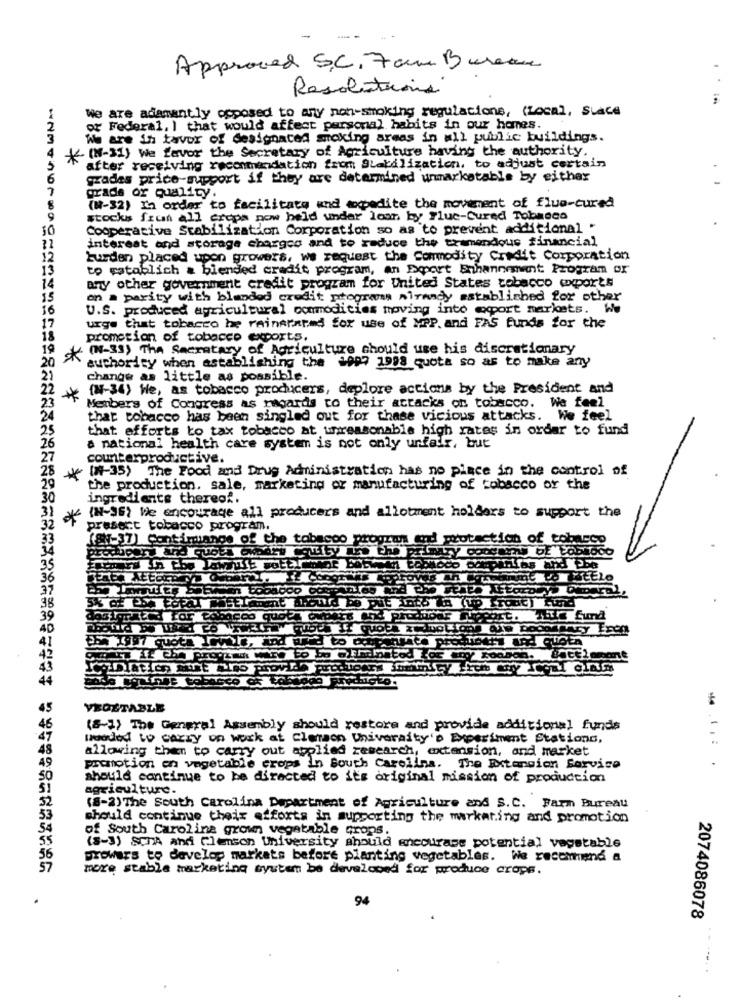
Approved SC. 7 am Burene
Resolutions
We are adamantly opposed to any non-smoking regulations, (Local, Suace
of Federal, I that would affect personal habits in our homes.
We are ih tavur of designated smoking areas in all public buildings.
*(M-31) We favor the Secretary of Agriculture having the authority.
after receiving recommendation from Stabilization, to adjust certain
grades price-support if they are determined unmarketable by either
grade of quality.
(81-32) In order to facilitate und expedite the movement of flue-cured
9
stocks from all crops now held under loan by Flue-Cured Tobacco
30
Cooperative Stabilization Corporation so as to prevent additional "
interest and storage charges and to reduce the tremendous financial
12
burden placed upon growers, we request the Commodity Credit Corporation
13
to establish a blended credit program, an Deport Enhancement Program or
any other government credit program for United States tobacco exports
on a parity with blanded credit programm mirandy established for other
U.S. produced agricultural commodities moving into export markets. We
urge that tobacco he rainerared for use of MPP. and FAS funds for the
promotion of tobacco exports.
(1-31) The Secretary of Agriculture should use his discretionary
*
authority when establishing the 1997 1998 quota so as to make any
change as little as possible.
(N-34) We, as tobacco producers, deplore actions by the President and
*
Members of Congress as regards to their attacks on tobacco. We feel
that tobacco has been singled out for these vicious attacks. We feel
that efforts to tax tobacco at unreasonable high rates in order to fund
& national health care system is not only unfair, but
counterproductive.
* (0-35) The Food and Drug Administration has no place in the control of
the production, sale, marketing or manufacturing of tobacco or the
ingredients thereof.
*
(N-36) We encourage all producers and allotment holders to support the
present tobacco program.
(SI-37) Contimange of the tobacco program and protection of tobacco
ZDlatic, aust Airo Provr.
45
VEGETABLE
46
(8-1) The General Assembly should restore and provide additional funds
wooded to carry on work at Clemson University's Experiment Stations,
allowing then to carry out applied research, extension, and market
49
promotion on vegetable crops in South Carolina. The Estangien Service
.. .... .
50
should continue to be directed to its original mission of production
agriculture.
52
(8-2) The South Carolina Department of Agriculture and S.C. Farm Bureau
53
should continue their efforts in supporting the marketing and promotion
of South Carolina grown vegetable crops.
(S-3) schA and Clemson University should encourage potential vegetable
growers to develop markets before planting vegetables. We recommend a
more stable marketing system be developed for produce crops.
94
2074086078